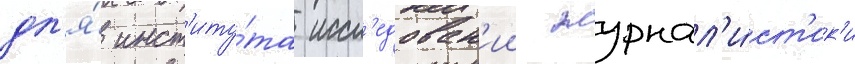
дл'я́ инст'иту́та иссл'едован'ии журнал'и́ст'ик'и